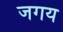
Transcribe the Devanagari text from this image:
जगय